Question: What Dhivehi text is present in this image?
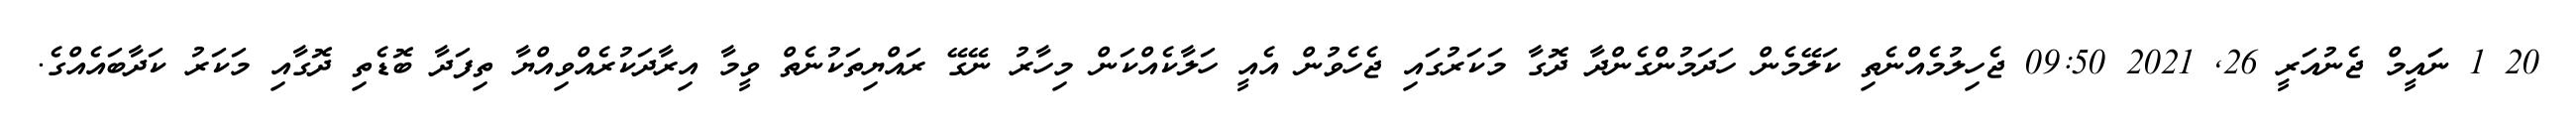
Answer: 20 1 ނަައީމް ޖެނުއަރީ 26, 2021 09:50 ޖެހިލުމެއްނެތި ކަލޭމެން ހަދަމުންގެންދާ ދޮގާ މަކަރުގައި ޖެހެވުން އެއީ ހަލާކެއްކަން މިހާރު ނޭގޭ ރައްޔިތަކުނެތް ވީމާ އިރާދަކުރެއްވިއްޔާ ތިފަދާ ބޮޑެތި ދޮގާއި މަކަރު ކަދާބައެއްގެ.